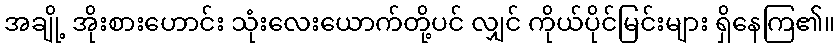
အချို့ အိုးစားဟောင်း သုံးလေးယောက်တို့ပင် လျှင် ကိုယ်ပိုင်မြင်းများ ရှိနေကြ၏။